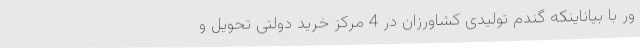
ور با بیاناینکه گندم تولیدی کشاورزان در 4 مرکز خرید دولتی تحویل و